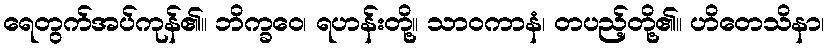
ရေတွက်အပ်ကုန်၏။ ဘိက္ခဝေ၊ ရဟန်းတို့။ သာဝကာနံ၊ တပည့်တို့၏။ ဟိတေသိနာ၊